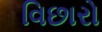
વિછારો